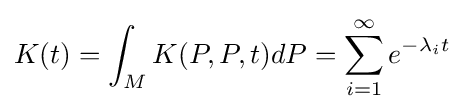
K(t)=\int _{M}K(P,P,t)dP=\sum _{i=1}^{\infty }e^{-\lambda _{i}t}